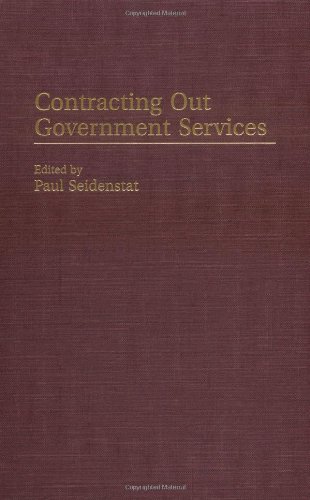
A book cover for Contracting Out Government Services (Privatizing Government); Paul Seidenstat; Law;